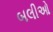
બલીઓ